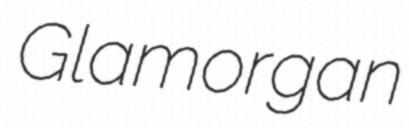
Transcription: Glamorgan